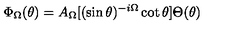
\Phi _ { \Omega } ( \theta ) = A _ { \Omega } [ ( \sin \theta ) ^ { - i \Omega } \cot \theta ] \Theta ( \theta )